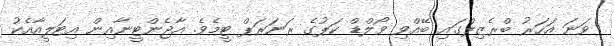
ވަނަ އަހަރު ބްރެޒިލްގައި ބޭއްވި ވޯލްޑް ކަޕުގެ ރަނަރަޕް ޓީމެވެ. އާޖެންޓީނާއިން އިޓަލީއާއެކު